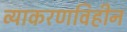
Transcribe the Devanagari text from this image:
व्याकरणविहीन